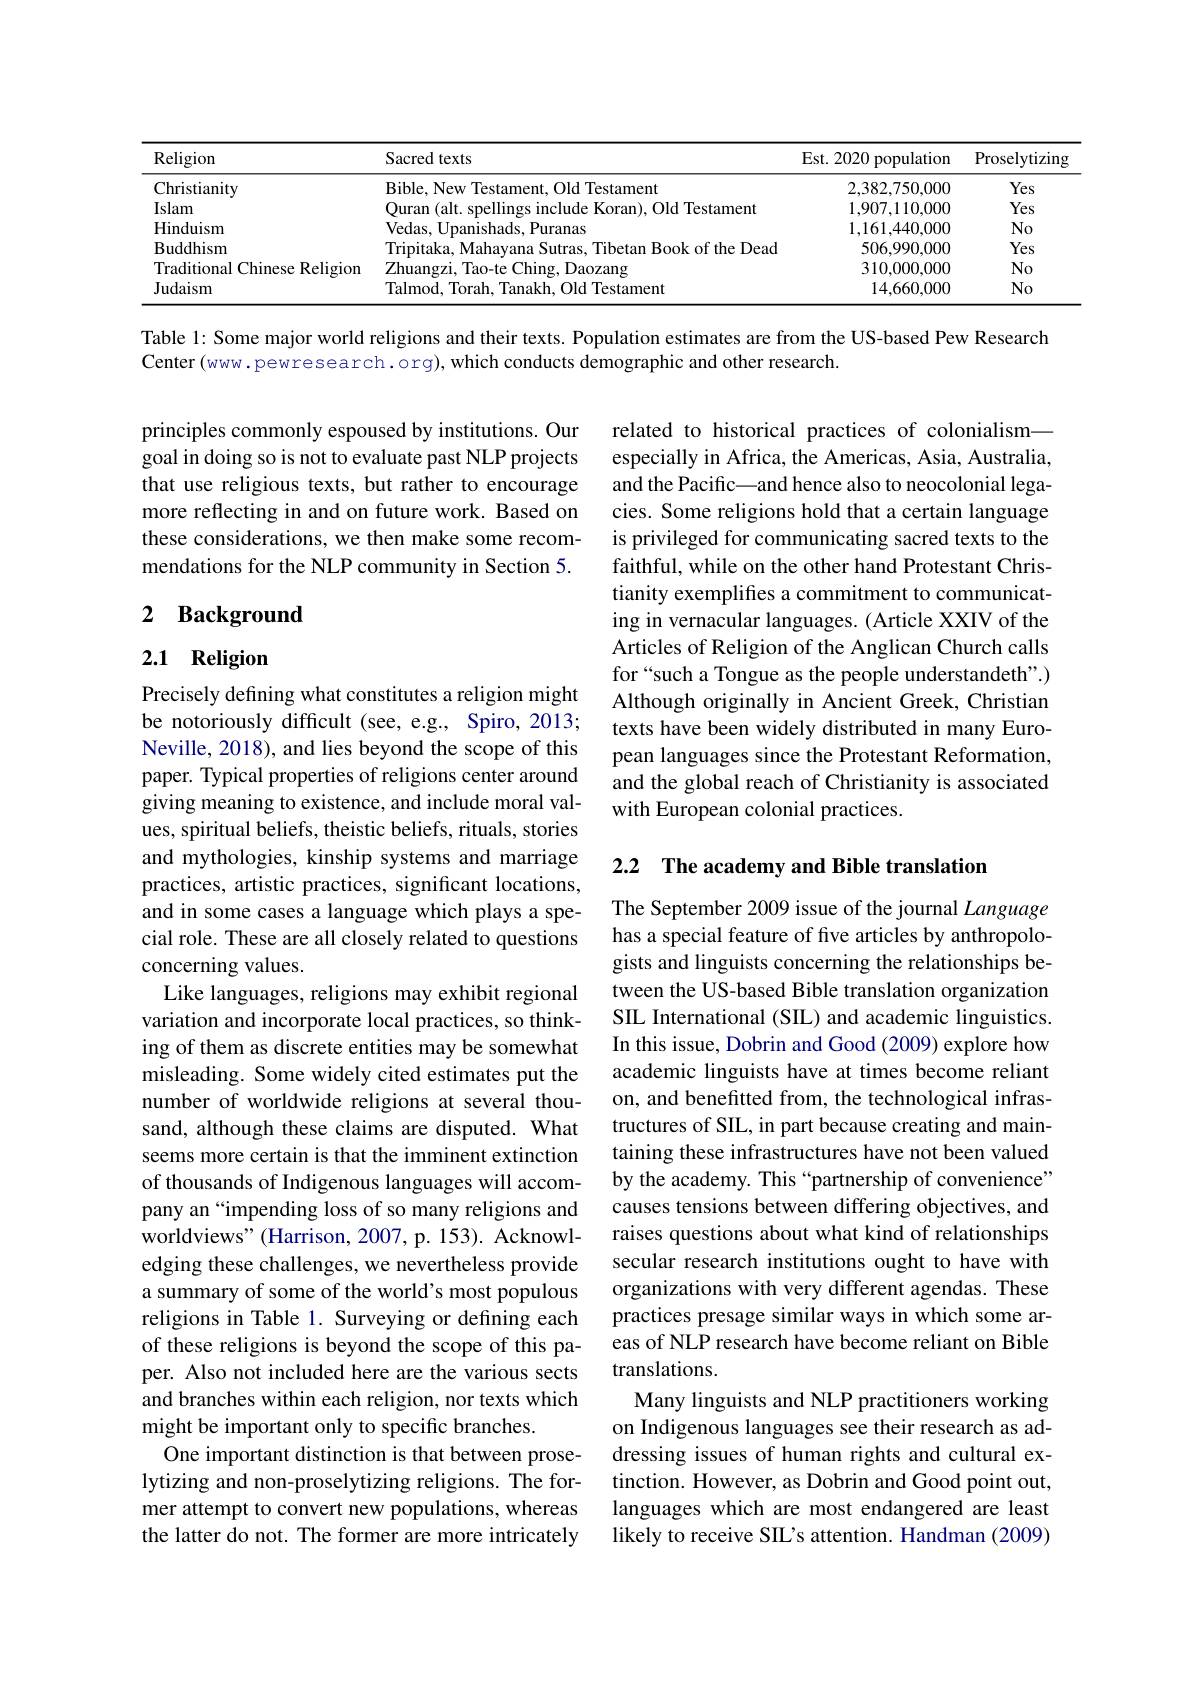
<table>
	<tbody>
		<tr>
			<th>Religion</th>
			<th>Sacred texts</th>
			<th>Est. 2020 population</th>
			<th>Proselytizing</th>
		</tr>
		<tr>
			<td>Christianity</td>
			<td>Bible. New tament</td>
			<td>2,382,750,000</td>
			<td>Yes</td>
		</tr>
		<tr>
			<td>Islam</td>
			<td>Old Testament</td>
			<td>1,907,110,000</td>
			<td>Yes</td>
		</tr>
		<tr>
			<td>Hinduism</td>
			<td>Vedas ||nanishads Puranas</td>
			<td>1,161,440,000</td>
			<td>$No$</td>
		</tr>
		<tr>
			<td>Buddhism</td>
			<td>Book of the Dead mntaka Mahavz</td>
			<td>506,990,000</td>
			<td>Yes</td>
		</tr>
		<tr>
			<td>Traditional Chinese Religion</td>
			<td>Zhuangzi (Chino Daozang $1ao.te$</td>
			<td>310,000,000</td>
			<td>$No$</td>
		</tr>
		<tr>
			<td>${\mathrm{Judaism}}$</td>
			<td>ralmod lorah lanakh (1)d T lestament</td>
			<td>14,660,000</td>
			<td>$No$</td>
		</tr>
	</tbody>
</table>

Table l: Some major world religions and their texts. Population estimates are from the US-based Pew Research
Center (www. pewresearch. org), which conducts demographic and other research.

principles commonly espoused by institutions. Our goal in doing so is not to evaluate past NLP projects that use religious texts, but rather to encourage more reflecting in and on future work. Based on these considerations, we then make some recommendations for the NLP community in Section 5.

## 2 Background

related to historical practices of colonialism— especially in Africa, the Americas, Asia, Australia, and the Pacific\_and hence also to neocolonial legacies. Some religions hold that a certain language is privileged for communicating sacred texts to the faithful, while on the other hand Protestant Christianity exemplifes a commitment to communicating in vernacular languages. (Article XXIV of the Articles of Religion of the Anglican Church calls for“such a Tongue as the people understandeth".) Although originally in Ancient Greek, Christian texts have been widely distributed in many European languages since the Protestant Reformation, and the global reach of Christianity is associated with European colonial practices.

## 2.1 Religion

### 2.2 The academy and Bible translation

Precisely defining what constitutes a religion might be notoriously difficult (see, e.g., Spiro, 2013; Neville, 2018), and lies beyond the scope of this paper. Typical properties of religions center around giving meaning to existence, and include moral values, spiritual beliefs, theistic beliefs, rituals, stories and mythologies, kinship systems and marriage practices, artistic practices, significant locations, and in some cases a language which plays a special role. These are all closely related to questions concerning values.
Like languages, religions may exhibit regional variation and incorporate local practices, so thinking of them as discrete entities may be somewhat misleading. Some widely cited estimates put the number of worldwide religions at several thousand, although these claims are disputed. What seems more certain is that the imminent extinction of thousands of Indigenous languages will accompany an“impending loss of so many religions and worldviews"(Harrison, 2007, p. 153). Acknowledging these challenges, we nevertheless provide a summary of some of the world's most populous religions in Table 1. Surveying or defining each of these religions is beyond the scope of this paper. Also not included here are the various sects and branches within each religion, nor texts which might be important only to specific branches.
One important distinction is that between proselytizing and non-proselytizing religions. The former attempt to convert new populations, whereas the latter do not. The former are more intricately

The September 2009 issue of the journal Language has a special feature of five articles by anthropologists and linguists concerning the relationships between the US-based Bible translation organization SIL International (SIL) and academic linguistics. In this issue, Dobrin and Good (2009) explore how academic linguists have at times become reliant on, and benefitted from, the technological infrastructures of SIL, in part because creating and maintaining these infrastructures have not been valued by the academy. This “partnership of convenience” causes tensions between differing objectives, and raises questions about what kind of relationships secular research institutions ought to have with organizations with very different agendas. These practices presage similar ways in which some areas of NLP research have become reliant on Bible translations.
Many linguists and NLP practitioners working on Indigenous languages see their research as addressing issues of human rights and cultural extinction. However, as Dobrin and Good point out, languages which are most endangered are least likely to receive SIL's attention. Handman (2009)